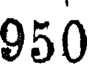
950